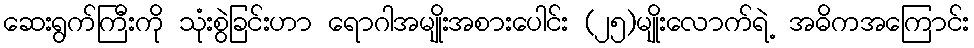
ဆေးရွက်ကြီးကို သုံးစွဲခြင်းဟာ ရောဂါအမျိုးအစားပေါင်း (၂၅)မျိုးလောက်ရဲ့ အဓိကအကြောင်း